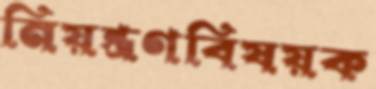
নিয়ন্ত্রণবিষয়ক